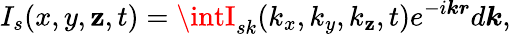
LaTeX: I_{s}(x,y,\mathbf{z},t)=\intI_{sk}(k_{x},k_{y},k_{\mathbf{z}},t)e^{-i\boldsymbol{kr}}d\boldsymbol{k},